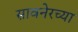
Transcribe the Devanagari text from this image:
सावनेरच्या